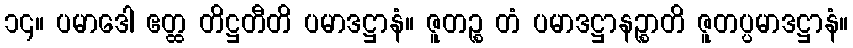
၁၄။ ပမာဒေါ ဧတ္ထ တိဋ္ဌတီတိ ပမာဒဋ္ဌာနံ။ ဇူတဉ္စ တံ ပမာဒဋ္ဌာနဉ္စာတိ ဇူတပ္ပမာဒဋ္ဌာနံ။